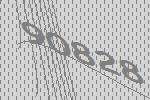
90828